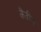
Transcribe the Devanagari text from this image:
कैंद्रीय